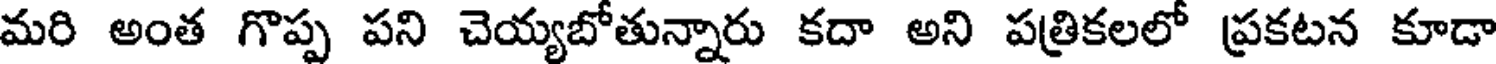
మరి అంత గొప్ప పని చెయ్యబోతున్నారు కదా అని పత్రికలలో ప్రకటన కూడా